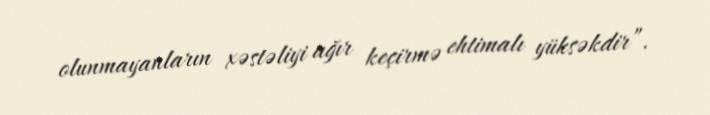
olunmayanların xəstəliyi ağır keçirmə ehtimalı yüksəkdir”.